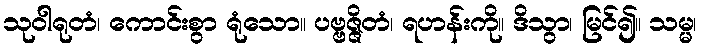
သုဝါရုတံ၊ ကောင်းစွာ ရုံသော။ ပဗ္ဗဇ္ဇိတံ၊ ရဟန်းကို။ ဒိသွာ၊ မြင်၍။ သမ္မ၊